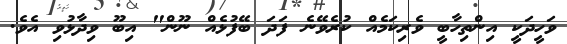
ވަހީދަކީ އިންތިހާބީ ވެރިކަމެއް ކުރެވޭނެ ފަދަ ބޭފުޅެއް ނޫން" އިބޫ ވިދާޅުވި އެވެ.